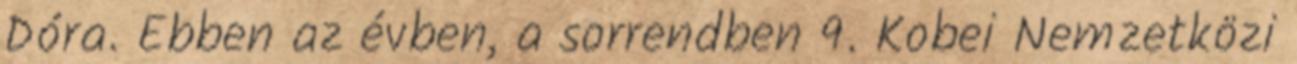
Dóra. Ebben az évben, a sorrendben 9. Kobei Nemzetközi